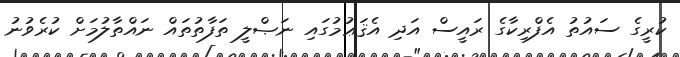
ކުރީގެ ސައުތު އެފްރިކާގެ ރައީސް އަދި އެޤަޢުމުގައި ނަޞްލީ ތަފާތުތައް ނައްތާލުމަށް ކުރެވުނު